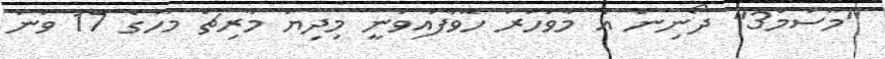
"މޫސުމް3" ދޯނިން އެ މާވަހަރު ހޮވާފައިވަނީ މިދިޔަ މާރިޗު މަހުގެ 17 ވަނަ